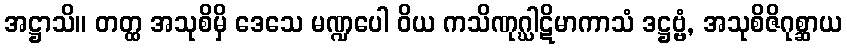
အဋ္ဌာသိ။ တတ္ထ အသုစိမှိ ဒေသေ မဏ္ဍပေါ ဝိယ ကသိဏုဂ္ဃါဋိမာကာသံ ဒဋ္ဌဗ္ဗံ, အသုစိဇိဂုစ္ဆာယ